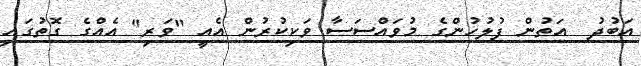
އަބުދު  އަތުން ފުލުހުންގެ މުވައްސަސާ ވަކިކުރުން އެއީ "ވަރި" އެއްގެ ގޮތުގައި